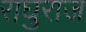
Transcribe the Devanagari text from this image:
राघुराज